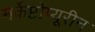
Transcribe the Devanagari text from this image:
मर्केप्टोप्यूरीन